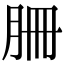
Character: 𦙱